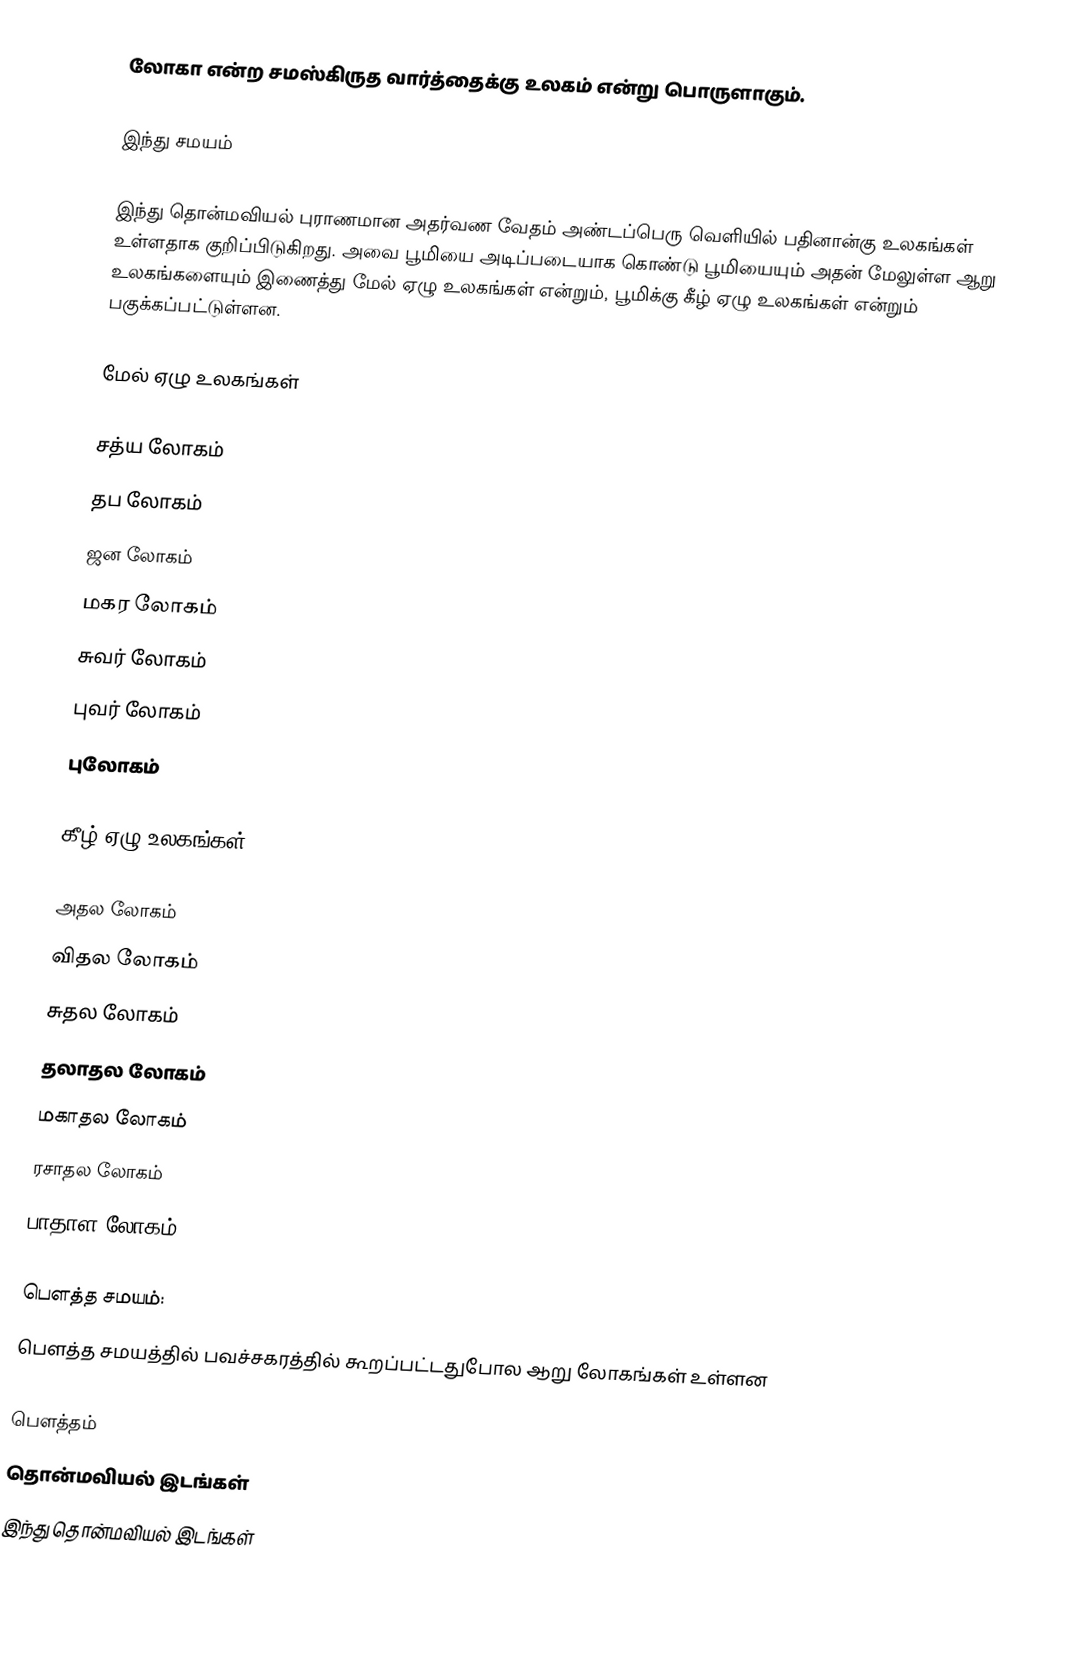
லோகா என்ற சமஸ்கிருத வார்த்தைக்கு உலகம் என்று பொருளாகும்.

இந்து சமயம்

இந்து தொன்மவியல் புராணமான அதர்வண வேதம் அண்டப்பெரு வெளியில் பதினான்கு உலகங்கள் உள்ளதாக குறிப்பிடுகிறது. அவை பூமியை அடிப்படையாக கொண்டு பூமியையும் அதன் மேலுள்ள ஆறு உலகங்களையும் இணைத்து மேல் ஏழு உலகங்கள் என்றும், பூமிக்கு கீழ் ஏழு உலகங்கள் என்றும் பகுக்கப்பட்டுள்ளன.

மேல் ஏழு உலகங்கள்

 சத்ய லோகம்
 தப லோகம்
 ஜன லோகம்
 மகர லோகம்
 சுவர் லோகம்
 புவர் லோகம்
 புலோகம்

கீழ் ஏழு உலகங்கள்

 அதல லோகம்
 விதல லோகம்
 சுதல லோகம்
 தலாதல லோகம்
 மகாதல லோகம்
 ரசாதல லோகம்
 பாதாள லோகம்

பெளத்த சமயம்:
பெளத்த சமயத்தில் பவச்சகரத்தில் கூறப்பட்டதுபோல ஆறு லோகங்கள் உள்ளன

 பௌத்தம்
தொன்மவியல் இடங்கள்
இந்து தொன்மவியல் இடங்கள்